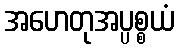
အဟေတုအပ္ပစ္စယံ